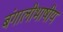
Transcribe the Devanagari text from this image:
बंगालीभाषीय